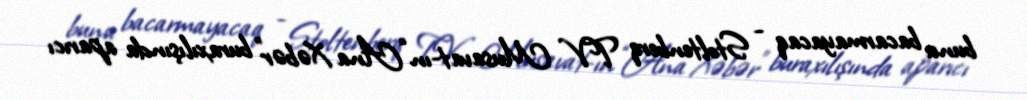
bunu bacarmayacaq - Stoltenberq TV Musavat-ın “Ana Xəbər” buraxılışında aparıcı